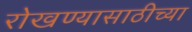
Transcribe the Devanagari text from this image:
रोखण्यासाठीच्या